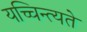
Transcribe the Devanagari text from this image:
यच्चिन्त्यते